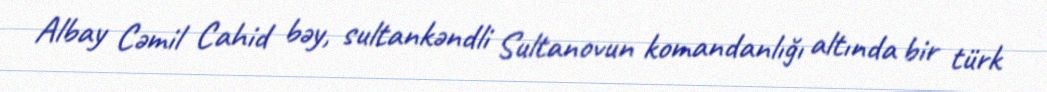
Albay Cəmil Cahid bəy, sultankəndli Sultanovun komandanlığı altında bir türk